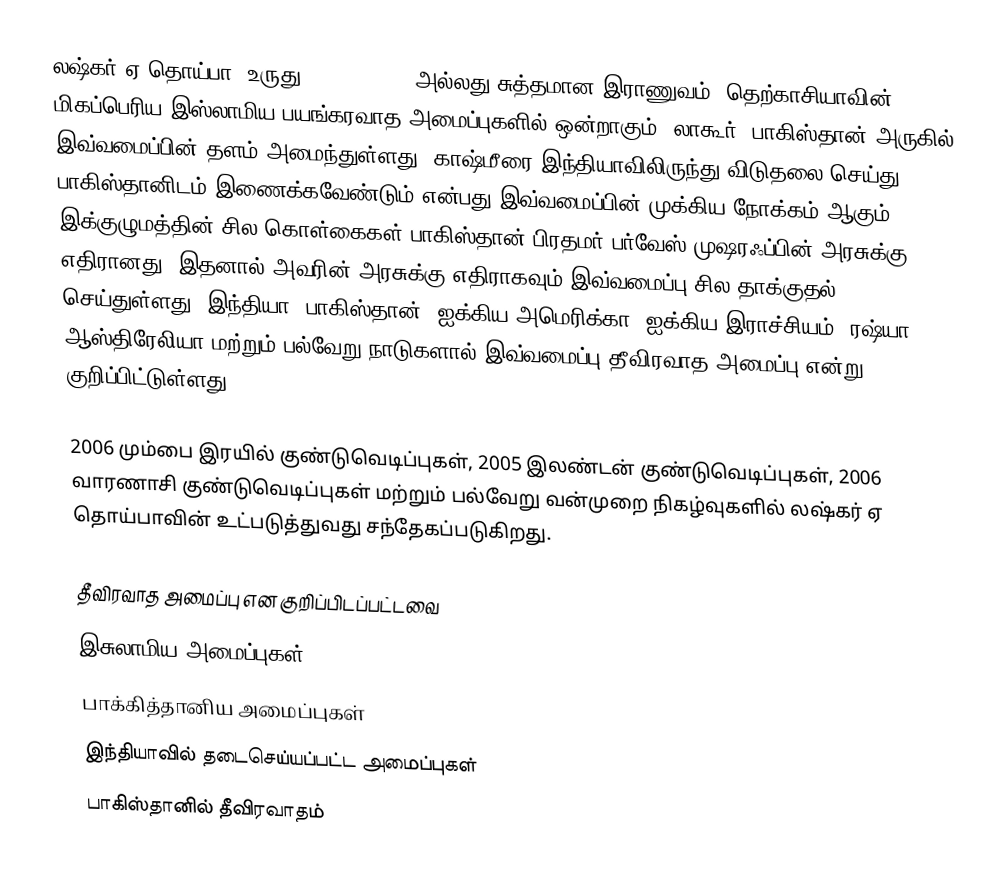
லஷ்கர்-ஏ-தொய்பா (உருது: لشكرِ طيبه, அல்லது சுத்தமான இராணுவம்) தெற்காசியாவின் மிகப்பெரிய இஸ்லாமிய பயங்கரவாத அமைப்புகளில் ஒன்றாகும். லாகூர், பாகிஸ்தான் அருகில் இவ்வமைப்பின் தளம் அமைந்துள்ளது. காஷ்மீரை இந்தியாவிலிருந்து விடுதலை செய்து பாகிஸ்தானிடம் இணைக்கவேண்டும் என்பது இவ்வமைப்பின் முக்கிய நோக்கம் ஆகும். இக்குழுமத்தின் சில கொள்கைகள் பாகிஸ்தான் பிரதமர் பர்வேஸ் முஷரஃப்பின் அரசுக்கு எதிரானது. இதனால் அவரின் அரசுக்கு எதிராகவும் இவ்வமைப்பு சில தாக்குதல் செய்துள்ளது. இந்தியா, பாகிஸ்தான், ஐக்கிய அமெரிக்கா, ஐக்கிய இராச்சியம், ரஷ்யா, ஆஸ்திரேலியா மற்றும் பல்வேறு நாடுகளால் இவ்வமைப்பு தீவிரவாத அமைப்பு என்று குறிப்பிட்டுள்ளது.

2006 மும்பை இரயில் குண்டுவெடிப்புகள், 2005 இலண்டன் குண்டுவெடிப்புகள், 2006 வாரணாசி குண்டுவெடிப்புகள் மற்றும் பல்வேறு வன்முறை நிகழ்வுகளில் லஷ்கர் ஏ தொய்பாவின் உட்படுத்துவது சந்தேகப்படுகிறது.

தீவிரவாத அமைப்பு என குறிப்பிடப்பட்டவை
இசுலாமிய அமைப்புகள்
பாக்கித்தானிய அமைப்புகள்
இந்தியாவில் தடைசெய்யப்பட்ட அமைப்புகள்
பாகிஸ்தானில் தீவிரவாதம்